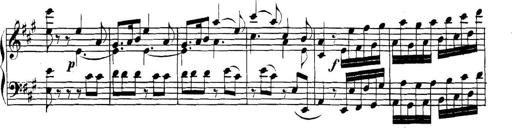
Title: Collected Piano Sonatas
Composer: Muzio Clementi